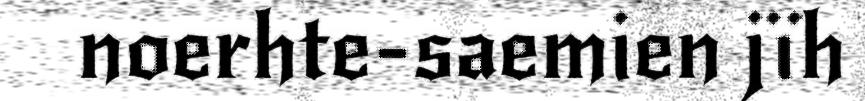
noerhte-saemien jïh